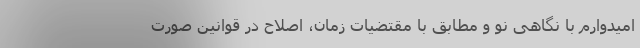
امیدوارم با نگاهی نو و مطابق با مقتضیات زمان، اصلاح در قوانین صورت